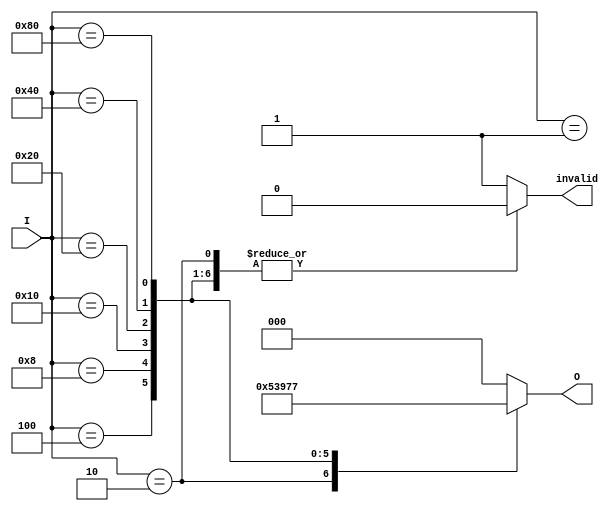
module one_of_n_encoder (
    input  wire [7:0] I,      // 8 input lines
    output reg  [2:0] O,      // 3 output lines (log2(8) = 3)
    output reg  invalid       // Invalid output indicator
);

    always @(*) begin
        // Default values
        O = 3'b000;  // Default output
        invalid = 1'b0; // Default to valid

        // Check for active inputs
        case (I)
            8'b00000001: O = 3'b000; // I[0] is high
            8'b00000010: O = 3'b001; // I[1] is high
            8'b00000100: O = 3'b010; // I[2] is high
            8'b00001000: O = 3'b011; // I[3] is high
            8'b00010000: O = 3'b100; // I[4] is high
            8'b00100000: O = 3'b101; // I[5] is high
            8'b01000000: O = 3'b110; // I[6] is high
            8'b10000000: O = 3'b111; // I[7] is high
            default: begin
                // If more than one input is high or no input is high
                O = 3'b000; // Default output (could be modified)
                invalid = 1'b1; // Set invalid flag
            end
        endcase
    end

endmodule